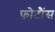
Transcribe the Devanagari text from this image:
फोटौंस